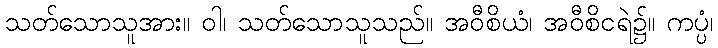
သတ်သောသူအား။ ဝါ၊ သတ်သောသူသည်။ အဝီစိယံ၊ အဝီစိငရဲ၌။ ကပ္ပံ၊